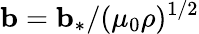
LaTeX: {\mathbf{b}}={\mathbf{b}}_{\ast}/(\mu_{0}\rho)^{1/2}